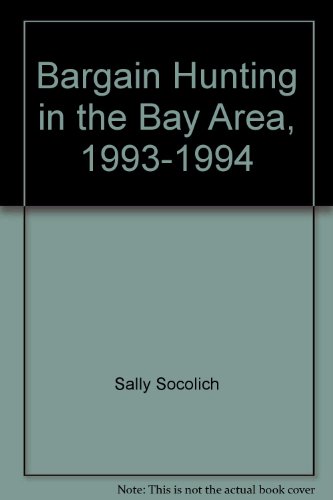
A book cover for Bargain Hunting in the Bay Area, 1993-1994; Sally Socolich; Travel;